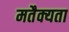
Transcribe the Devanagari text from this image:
मतैक्यता